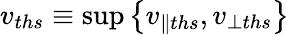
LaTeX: v_{ths}\equiv\operatorname*{sup}\left\{ v_{\parallel ths},v_{\perp ths}\right\}